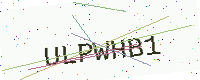
Text: ULPWHB1